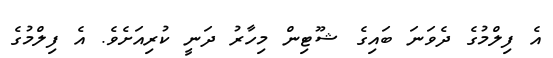
އެ ފިލްމުގެ ދެވަނަ ބައިގެ ޝޫޓިން މިހާރު ދަނީ ކުރިއަށެވެ. އެ ފިލްމުގެ